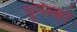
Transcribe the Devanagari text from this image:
य़ूनेस्को